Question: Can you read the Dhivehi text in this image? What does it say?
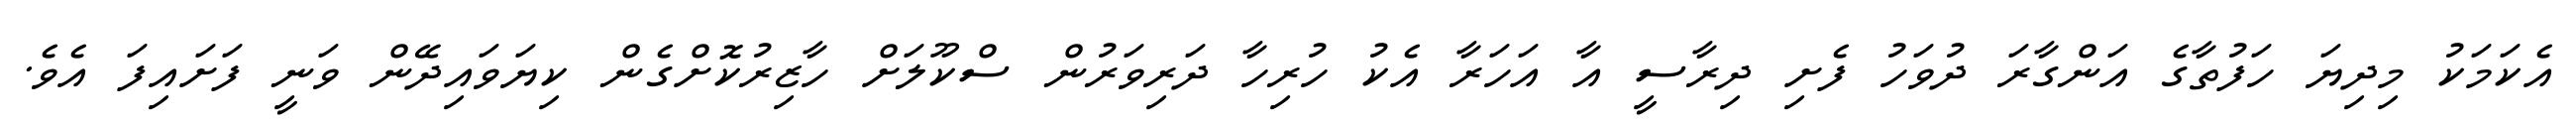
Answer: އެކަމަކު މިދިޔަ ހަފުތާގެ އަންގާރަ ދުވަހު ފެށި ދިރާސީ އާ އަހަރާ އެކު ހުރިހާ ދަރިވަރުން ސްކޫލަށް ހާޒިރުކޮށްގެން ކިޔަވައިދޭން ވަނީ ފަށައިފަ އެވެ.